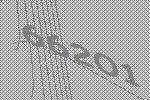
66201